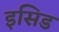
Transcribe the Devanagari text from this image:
इसिड